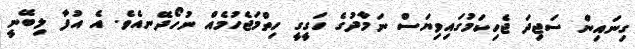
ގިނައިން ސަޖިދަ ޖެހިކަމުގައިވިޔަސް ނަމާދުގެ ހަގީގީ ހިތްމަޖެހުމެއް ނުހޯދޭނއެވެ. އެ އުފާ ލިބޭނީ